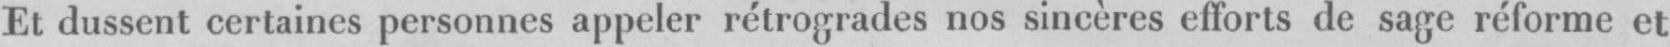
Et dussent certaines personnes appeler rétrogrades nos sincères efforts de saga réforme et